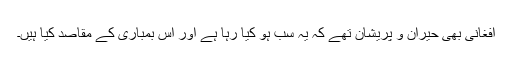
افغانی بھی حیران و پریشان تھے کہ یہ سب ہو کیا رہا ہے اور اس بمباری کے مقاصد کیا ہیں۔